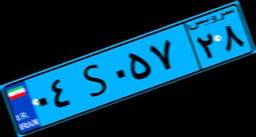
۸۶S۳۰۶۸۲